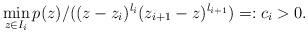
LaTeX: \begin{align*}\min_{z\in I_i} p(z)/((z-z_i)^{l_i} (z_{i+1}-z)^{l_{i+1}})=:c_i>0.\end{align*}